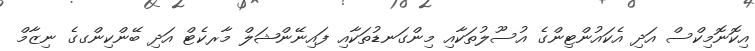
އިކޮނޮމިކްސް އަދި އެކައުންޓިންގެ އުސޫލުތަކާއި މިންގަނޑުތަކާއި ފައިނޭންޝަލް މާރކެޓް އަދި ބޭންކިންގގެ ނިޒާމް